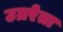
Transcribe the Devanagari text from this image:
उग्ररेता